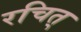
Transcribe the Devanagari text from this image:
रचित्